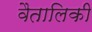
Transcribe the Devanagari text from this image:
वैतालिकी